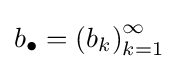
b_{\bullet }=\left(b_{k}\right)_{k=1}^{\infty }